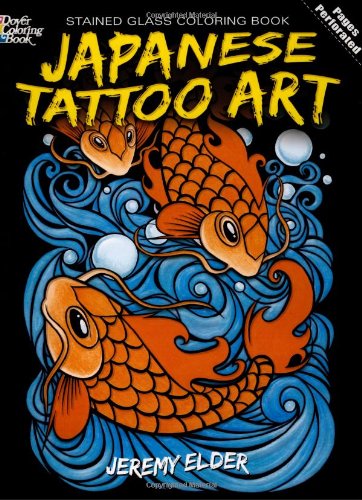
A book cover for Japanese Tattoo Art Stained Glass Coloring Book (Dover Design Stained Glass Coloring Book); Jeremy Elder; Arts & Photography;